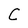
Character: C